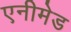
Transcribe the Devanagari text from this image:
एनीमेड